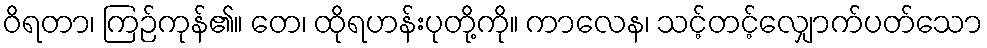
ဝိရတာ၊ ကြဉ်ကုန်၏။ တေ၊ ထိုရဟန်းပုတို့ကို။ ကာလေန၊ သင့်တင့်လျှောက်ပတ်သော